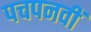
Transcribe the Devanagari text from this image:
पचपनवीं